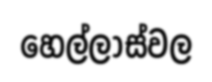
හෙල්ලාස්වල